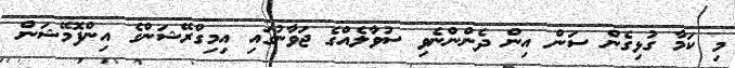
މި ކަމާ ގުޅިގެން ސަން އިން ދެންންނެވި ސުވާލެއްގެ ޖަވާނުގައި އިމިގްރޭޝަންގެ އިންފޮމޭޝަން